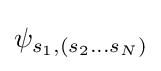
\psi _{s_{1},(s_{2}...s_{N})}